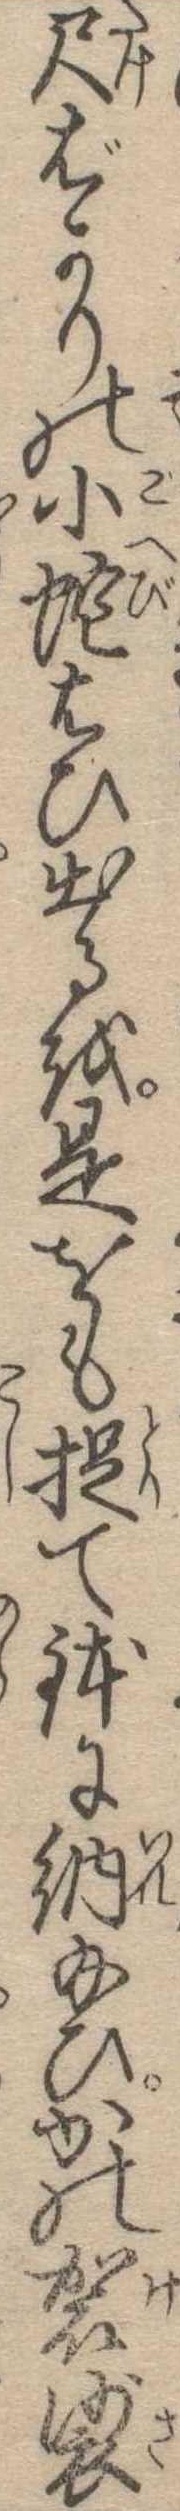
尺ばかりの小蛇はひ出るを是をも捉て鉢に納給ひかの袈裟